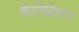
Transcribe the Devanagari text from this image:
कैलिब्रेशन